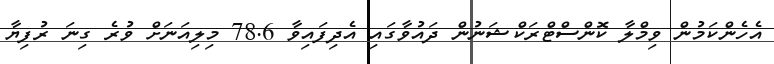
އެހެންކަމުން ވިމްލާ ކޮންސްޓްރަކްޝަނުން ދައުވާގައި އެދިފައިވާ 78.6 މިލިއަނަށް ވުރެ ގިނަ ރުފިޔާ